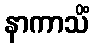
နာကာသိံ